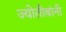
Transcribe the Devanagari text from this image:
ज्योतीबांनी